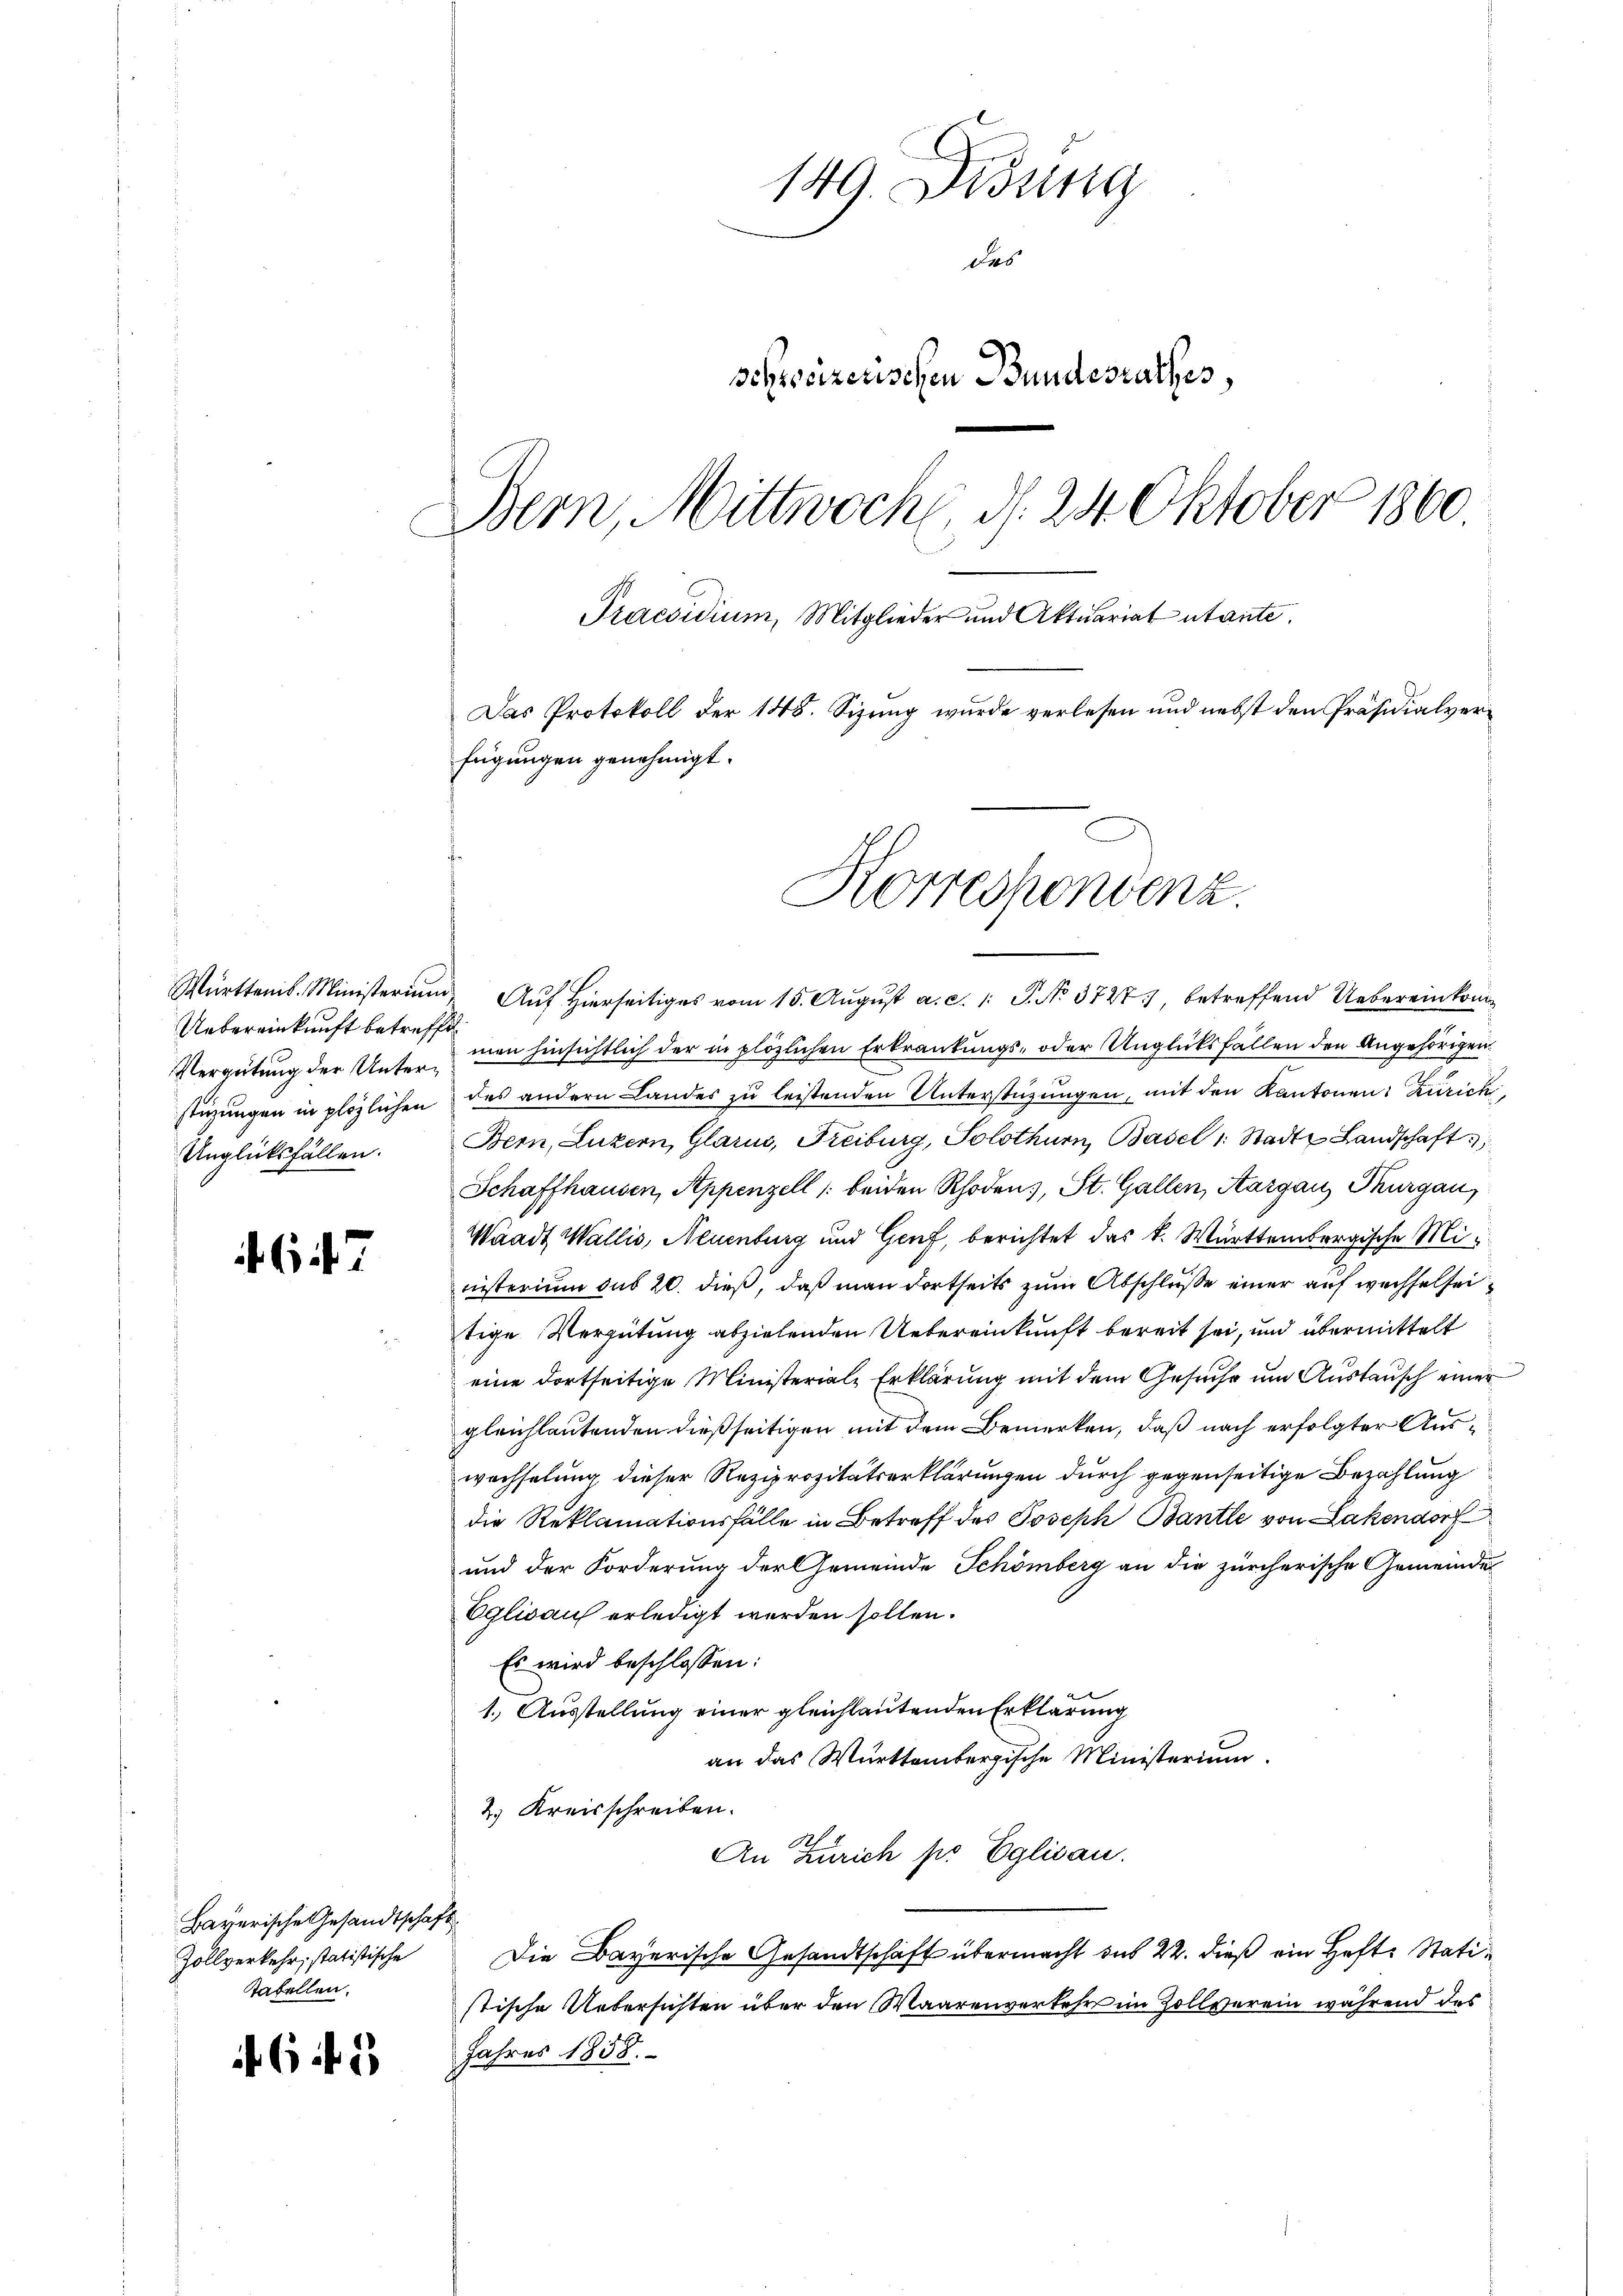
Uebereinkunft betreffe
Vergütung der Unter¬
Unglücksfällen.

67

Bayerische Gesandtschaft
Zollverkehr, statistische
Tafellen.

645

149. Didung
des
Schreizerischen Bundesrathes,
Bern, Mittwoche, d. 24. Oktober 1860.
Praesidium, Mitglieder und Aktuariat utante.
Das Protokoll der 148. Sizung wurde verlesen und nebst den Präsidialverfügungen genehmigt.

Württemb. Ministerium Auf Hierseitiges vom 15. August a. c. 1: P. No. 3727), betreffend Uebereinkran
men hinsichtlich der in plözlichen Erkrankungs- oder Unglüksfällen den Angehörigen.
stüzungen in plözlichen des andern Landes zu leistenden Unterstützungen, mit den Kantonen: Zürich,
Bern, Luzern, Glarus, Freiburg, Solothurn, Basel 1. Stadt Landschaft
Schaffhausen, Appenzell /: beiden Rhoden), St. Gallen, Aargau, Thurgau,
Waadt Wallis, Neuenburg und Genf, berichtet das k. Württembergische Ministerium sub 20. dieß, daß man dortseits zum Abschlüße einer auf wechselseitige Vergütung abzielenden Uebereinkunft bereit sei, und übermittelt
eine dortseitige Ministeriale Erklärung mit dem Gesuche um Austausch einer
gleichlautenden dießseitigen mit dem Bemerken, daß nach erfolgter Auswechselung, dieser Reziprozitätserklärungen durch gegenseitige Bezahlung
die Reklamationsfälle in Betreff des Joseph Bantle von Lakendorf
und der Forderung der Gemeinde Schömberg an die zürcherische Gemeinde-
Eglisauf erledigt werden sollen.
Es wird beschlossen:
1.) Ausstellung einer gleichlautenden Erklärung
an das Württembergische Ministerium.
2. Kreisschreiben.
An Zürich pr Eglisau.
Die Bayerische Gesandtschaft übermacht das 22. dieß ein Hefte Statistische Uebersichten über den Waarenverkehrs im Zollverein während des
Jahres 1858.

Korrespondenz.